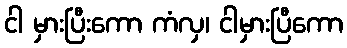
ငါ မှားပြီးကော ကံလှ၊ ငါမှားပြီကော